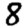
Digit: 8